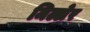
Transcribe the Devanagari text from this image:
मिल्लेर